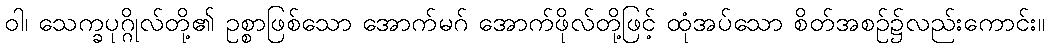
ဝါ၊ သေက္ခပုဂ္ဂိုလ်တို့၏ ဥစ္စာဖြစ်သော အောက်မဂ် အောက်ဖိုလ်တို့ဖြင့် ထုံအပ်သော စိတ်အစဉ်၌လည်းကောင်း။